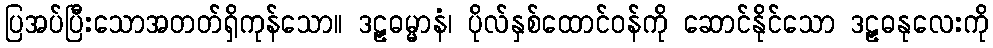
ပြအပ်ပြီးသောအတတ်ရှိကုန်သော။ ဒဠှဓမ္မာနံ၊ ပိုလ်နှစ်ထောင်ဝန်ကို ဆောင်နိုင်သော ဒဠှဓနုလေးကို